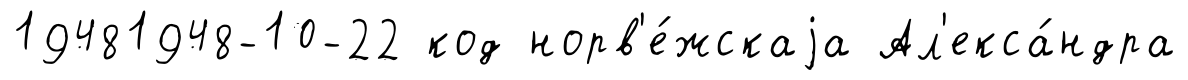
19481948-10-22 код норв'е́жскаjа Ал'екса́ндра